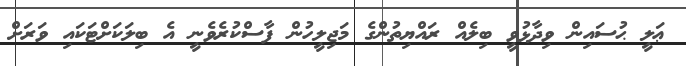
ޢަލީ ޙުސައިން ވިދާޅުވީ ބިލެއް ރައްޔިތުންގެ މަޖިލީހުން ފާސްކުރެވެނީ އެ ބިލަކަށްޓަކައި ވަރަށް